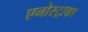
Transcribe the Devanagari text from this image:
एनोस्ट्राका